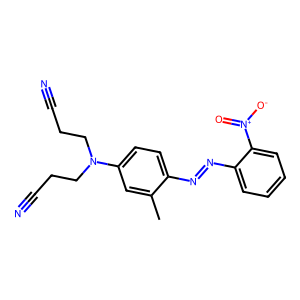
SMILES: Cc1cc(N(CCC#N)CCC#N)ccc1N=Nc1ccccc1[N+](=O)[O-]
Inhibits HIV replication: No